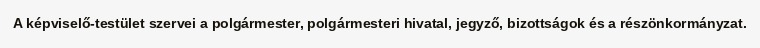
A képviselő-testület szervei a polgármester, polgármesteri hivatal, jegyző, bizottságok és a részönkormányzat.